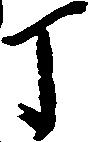
丁